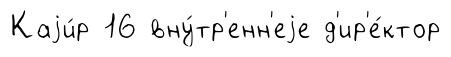
Каjи́р 16 вну́тр'енн'еjе д'ир'е́ктор